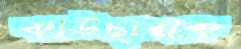
কাউছারকে